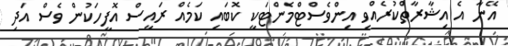
އޭނާ އެ އިޝާރާތްކުރެއްވި އިންވެސްޓްމެންޓަކީ ކޮބައި ކަމެއް ރައީސް އޮފީހަކުން ވެސް އަދި